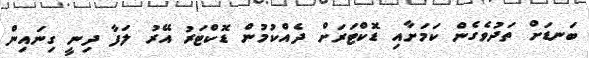
ބަނޑަށް ތަދުވެގެން ކަމަށާއި ޑޮކްޓަރަށް ދެއްކުމުން ޑޮކްޓަރު އޭރު ލަފާ ދިނީ ގިނައިން